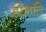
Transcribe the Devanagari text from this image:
डोलति